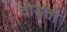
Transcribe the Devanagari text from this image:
दोड़ता